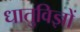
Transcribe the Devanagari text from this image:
धातुविज्ञों